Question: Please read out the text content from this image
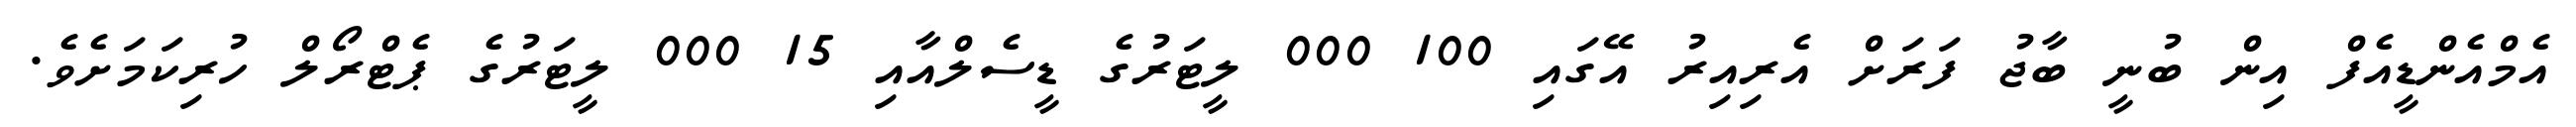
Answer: އެމްއެންޑީއެފް އިން ބުނީ ބާޖު ފަރަށް އެރިއިރު އޭގައި 100 000 ލީޓަރުގެ ޑީސެލްއާއި 15 000 ލީޓަރުގެ ޕެޓްރޯލް ހުރިކަމަށެވެ.